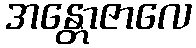
အန္တောဇာလေ